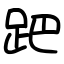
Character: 跁